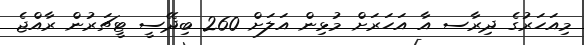
މިއަހަރުގެ ދިރާސ އާ އަހަރަށް މުޅިން އަލަށް 260 ބިދޭސީ ޓީޗަރުން ރާއްޖެ